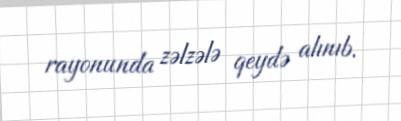
rayonunda zəlzələ qeydə alınıb.